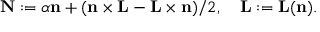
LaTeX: { \bf N } : = \alpha { \bf n } + ( { \bf n } \times { \bf L } - { \bf L } \times { \bf n } ) / 2 , \quad { \bf L } : = { \bf L } ( { \bf n } ) .